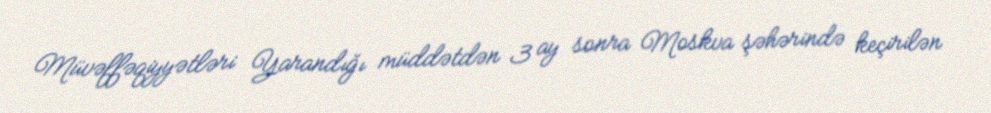
Müvəffəqiyyətləri Yarandığı müddətdən 3 ay sonra Moskva şəhərində keçirilən